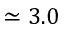
\simeq 3 . 0